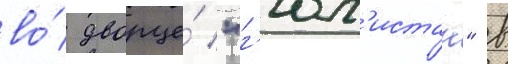
во́ дворце́ "г'юл'истан" в